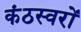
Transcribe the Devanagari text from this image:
कंठस्वरों